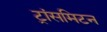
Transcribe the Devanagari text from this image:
ट्रांसमिटन